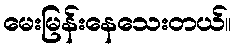
မေးမြန်းနေသေးတယ်။